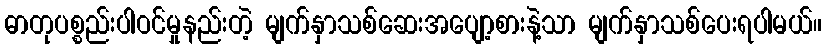
ဓာတုပစ္စည်းပါဝင်မှုနည်းတဲ့ မျက်နှာသစ်ဆေးအပျော့စားနဲ့သာ မျက်နှာသစ်ပေးရပါမယ်။